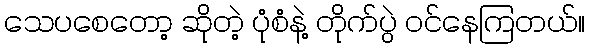
သေပစေတော့ ဆိုတဲ့ ပုံစံနဲ့ တိုက်ပွဲ ဝင်နေကြတယ်။